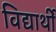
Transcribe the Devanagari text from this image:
विद्यार्थीं